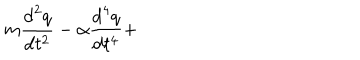
m \frac { \mathrm { d } ^ { 2 } q } { \mathrm { d } t ^ { 2 } } - \alpha \frac { \mathrm { d } ^ { 4 } q } { \mathrm { d } t ^ { 4 } } +